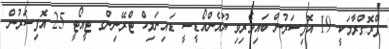
ޕްރޮގްރާމަކީ 19 އޮފިސަރުން ބައިވެރިވި ޔޫއެންއޯޑީސީ ޑައިނަމިކް ޓްރޭނިންގ ޓީއޯޓީ 25 އޮފިސަރުން